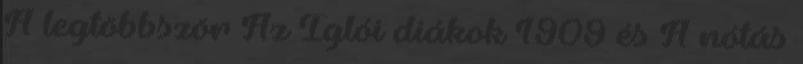
A legtöbbször Az Iglói diákok 1909 és A nótás